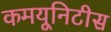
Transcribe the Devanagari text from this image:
कमयूनिटीस